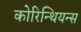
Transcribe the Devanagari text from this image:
कोरिन्थियन्स